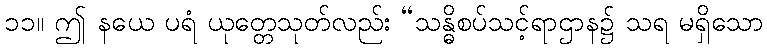
၁၁။ ဤ နယေ ပရံ ယုတ္တေသုတ်လည်း “သန္ဓိစပ်သင့်ရာဌာန၌ သရ မရှိသော